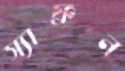
স্যাফ্রন